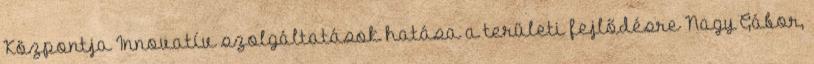
Központja Innovatív szolgáltatások hatása a területi fejlődésre Nagy Gábor,